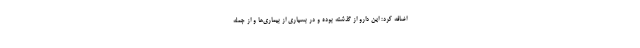
اضافه کرد: این دارو از گذشته بوده و در بسیاری از بیماری‌ها و از جمله